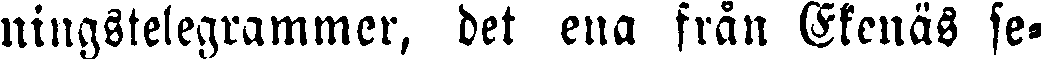
ningstelegrammer, det ena från Ekenäs se-